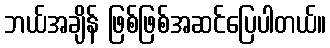
ဘယ်အချိန် ဖြစ်ဖြစ်အဆင်ပြေပါတယ်။